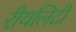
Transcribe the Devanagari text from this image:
रीयलिटी